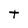
Character: t